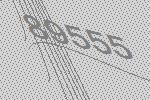
89555